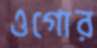
ওগোর